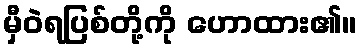
မှီဝဲရပြစ်တို့ကို ဟောထား၏။